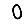
Digit: 0